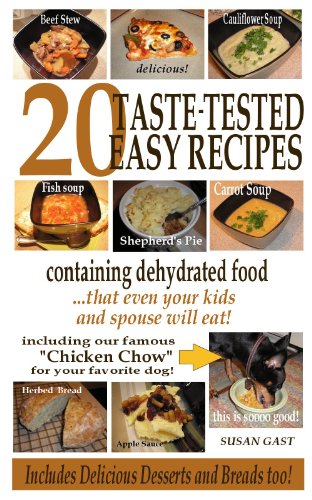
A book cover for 20 Taste-Tested Easy Recipes Containing Dehydrated Food - that even your kids and spouse will eat!; Susan Gast; Cookbooks, Food & Wine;